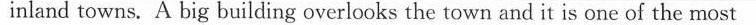
inland towns. A big building overlooks the town and it is one of the most